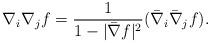
LaTeX: \begin{align*} \nabla_i\nabla_j f=\frac{1}{1-|\bar{\nabla} f|^2}(\bar{\nabla}_i\bar{\nabla}_j f).\end{align*}